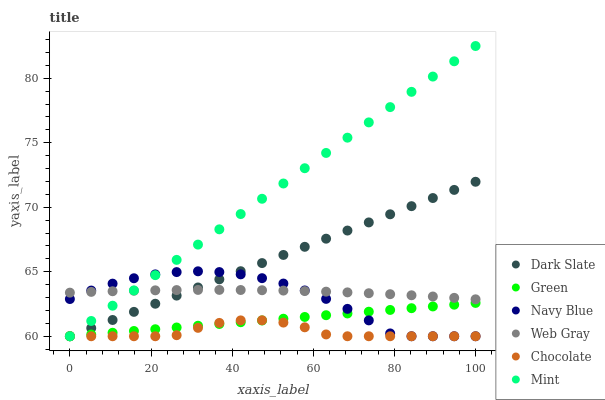
| xaxis_label | Dark Slate | Green | Navy Blue | Web Gray | Chocolate | Mint |
 | --- | --- | --- | --- | --- | --- | --- |
 | 0 | 60 | 60 | 62.9 | 63.4 | 60 | 60 |
 | 5.26 | 60.6 | 60.1 | 63.5 | 63.4 | 60 | 61.2 |
 | 10.5 | 61.3 | 60.3 | 64.1 | 63.5 | 60 | 62.4 |
 | 15.8 | 61.9 | 60.4 | 64.5 | 63.5 | 60 | 63.6 |
 | 21.1 | 62.5 | 60.5 | 64.8 | 63.6 | 60 | 64.7 |
 | 26.3 | 63.2 | 60.7 | 65 | 63.6 | 60.1 | 65.9 |
 | 31.6 | 63.8 | 60.8 | 65 | 63.6 | 60.7 | 67.1 |
 | 36.8 | 64.4 | 61 | 65 | 63.6 | 61 | 68.3 |
 | 42.1 | 65 | 61.1 | 64.8 | 63.6 | 61.2 | 69.5 |
 | 47.4 | 65.7 | 61.2 | 64.5 | 63.6 | 61.2 | 70.7 |
 | 52.6 | 66.3 | 61.4 | 64.1 | 63.5 | 61.1 | 71.8 |
 | 57.9 | 66.9 | 61.5 | 63.6 | 63.5 | 60.7 | 73 |
 | 63.2 | 67.6 | 61.6 | 62.9 | 63.5 | 60.1 | 74.2 |
 | 68.4 | 68.2 | 61.8 | 62.1 | 63.4 | 60 | 75.4 |
 | 73.7 | 68.8 | 61.9 | 61.2 | 63.3 | 60 | 76.6 |
 | 78.9 | 69.5 | 62 | 60.2 | 63.3 | 60 | 77.8 |
 | 84.2 | 70.1 | 62.2 | 60 | 63.2 | 60 | 78.9 |
 | 89.5 | 70.7 | 62.3 | 60 | 63.1 | 60 | 80.1 |
 | 94.7 | 71.3 | 62.4 | 60 | 63 | 60 | 81.3 |
 | 100 | 72 | 62.6 | 60 | 62.9 | 60 | 82.5 |